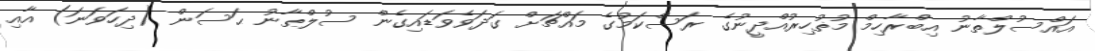
އައްސުލްތާނު އިބްރާހިމް މުޡުހިރުއްދީނުގެ ރަސްކަމުގެ މައްޗަށް ގަދަވެވަޑައިގެން ސުލްޠާނު ޙަސަން (ދިހަވަނަ) އާއި